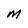
Character: M